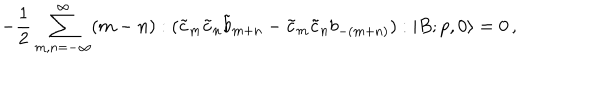
LaTeX: - \frac { 1 } { 2 } \sum _ { m , n = - \infty } ^ { \infty } ( m - n ) : ( \tilde { c } _ { m } \tilde { c } _ { n } \tilde { b } _ { m + n } - \tilde { c } _ { m } \tilde { c } _ { n } b _ { - ( m + n ) } ) : | B ; p , 0 \rangle = 0 \, ,